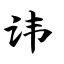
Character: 讳